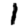
Digit: 1